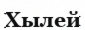
Хылей